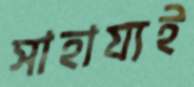
সাহায্যই